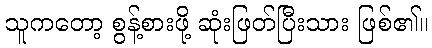
သူကတော့ စွန့်စားဖို့ ဆုံးဖြတ်ပြီးသား ဖြစ်၏။